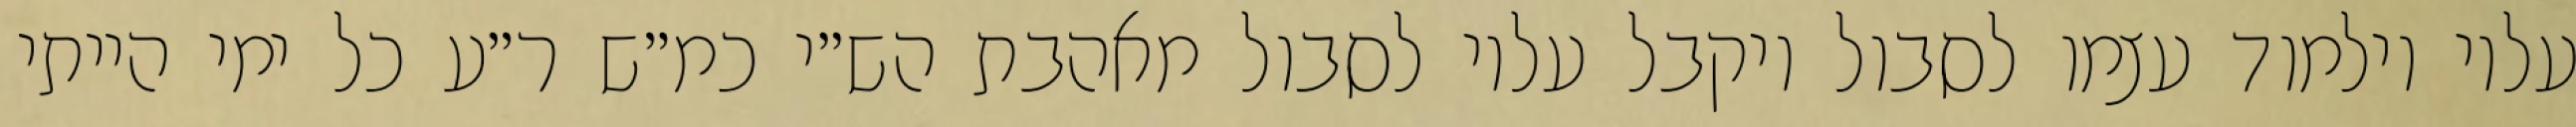
עליו וילמוד עצמו לסבול ויקבל עליו לסבול מאהבת הש״י כמ״ש ר״ע כל ימי הייתי